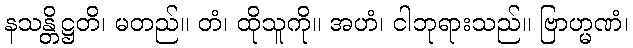
နသန္တိဋ္ဌတိ၊ မတည်။ တံ၊ ထိုသူကို။ အဟံ၊ ငါဘုရားသည်။ ဗြာဟ္မဏံ၊